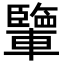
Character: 𨏊